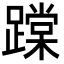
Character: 𨅨